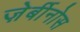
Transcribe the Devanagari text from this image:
ज़ेर्बीनोस